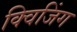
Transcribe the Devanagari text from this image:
क्विजिंग